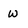
Character: W